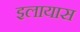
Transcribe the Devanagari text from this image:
इलायास